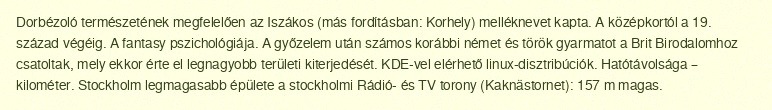
Dorbézoló természetének megfelelően az Iszákos (más fordításban: Korhely) melléknevet kapta. A középkortól a 19. század végéig. A fantasy pszichológiája. A győzelem után számos korábbi német és török gyarmatot a Brit Birodalomhoz csatoltak, mely ekkor érte el legnagyobb területi kiterjedését. KDE-vel elérhető linux-disztribúciók. Hatótávolsága – kilométer. Stockholm legmagasabb épülete a stockholmi Rádió- és TV torony (Kaknästornet): 157 m magas.